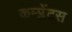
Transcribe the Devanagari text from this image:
कम्प्लेंट्स